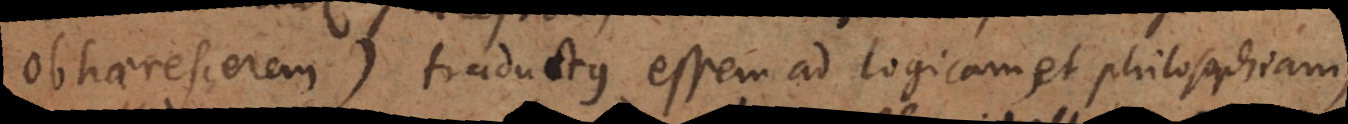
obhaerescerem) traductus essem ad logicam et philosophiam,